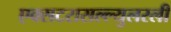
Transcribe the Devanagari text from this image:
एक्सटरासल्ल्युलरली